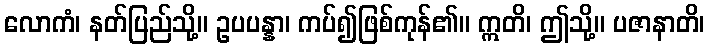
လောကံ၊ နတ်ပြည်သို့။ ဥပပန္နာ၊ ကပ်၍ဖြစ်ကုန်၏။ ဣတိ၊ ဤသို့။ ပဇာနာတိ၊